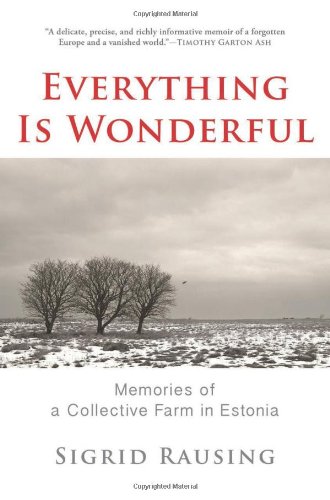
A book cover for Everything is Wonderful: Memories of a Collective Farm in Estonia; Sigrid Rausing; Travel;